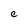
Character: C